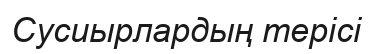
Сусиырлардың терісі